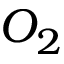
O _ { 2 }